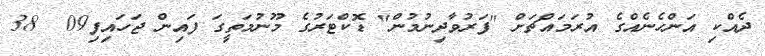
ދެއްކި އަންހެނެއްގެ އުރަމައްޗަށް "ފަރުވާދިނުމުން" ޑޮކްޓަރުގެ މޫނުމަތީގަ ފައިން ޖަހައިފި09  38